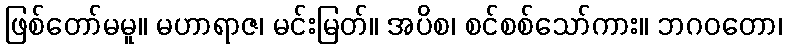
ဖြစ်တော်မမူ။ မဟာရာဇ၊ မင်းမြတ်။ အပိစ၊ စင်စစ်သော်ကား။ ဘဂဝတော၊